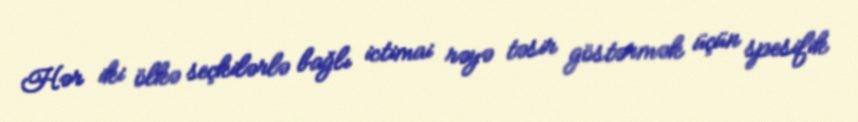
Hər iki ölkə seçkilərlə bağlı ictimai rəyə təsir göstərmək üçün spesifik